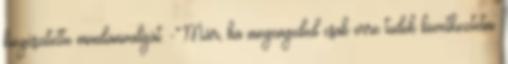
kiegészítette mondanivalóját. -Már, ha megengeded csak erre tudok következtetni.